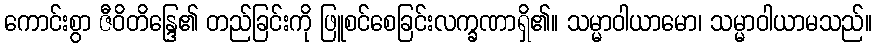
ကောင်းစွာ ဇီဝိတိန္ဒြေ၏ တည်ခြင်းကို ဖြူစင်စေခြင်းလက္ခဏာရှိ၏။ သမ္မာဝါယာမော၊ သမ္မာဝါယာမသည်။